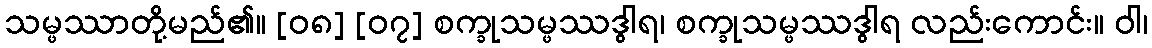
သမ္ဖဿာတို့မည်၏။ [၀၈] [၀၇] စက္ခုသမ္ဖဿဒွါရ၊ စက္ခုသမ္ဖဿဒွါရ လည်းကောင်း။ ဝါ၊